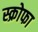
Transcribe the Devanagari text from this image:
स्क्रोफा